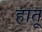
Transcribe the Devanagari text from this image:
हातू